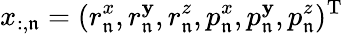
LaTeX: x_{:,\mathfrak{n}}=({r}_{\mathfrak{n}}^{x},{r}_{\mathfrak{n}}^{\mathbf{y}},{r}_{\mathfrak{n}}^{z},{p}_{\mathfrak{n}}^{x},{p}_{\mathfrak{n}}^{\mathbf{y}},{p}_{\mathfrak{n}}^{z})^{\mathrm{{T}}}